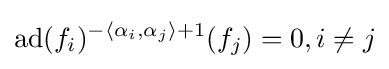
\operatorname {ad} (f_{i})^{-\langle \alpha _{i},\alpha _{j}\rangle +1}(f_{j})=0,i\neq j